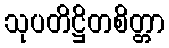
သုပတိဋ္ဌိတစိတ္တာ